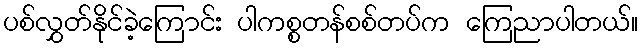
ပစ်လွှတ်နိုင်ခဲ့ကြောင်း ပါကစ္စတန်စစ်တပ်က ကြေညာပါတယ်။